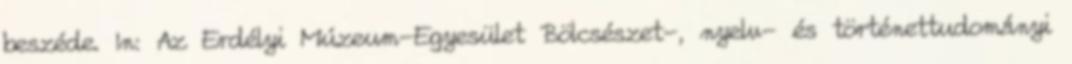
beszéde. In: Az Erdélyi Múzeum-Egyesület Bölcsészet-, nyelv- és történettudományi